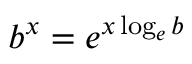
b ^ { x } = e ^ { x \log _ { e } b }